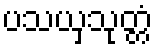
ပသယှသုတ္တံ